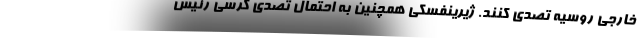
خارجی روسیه تصدی کنند. ژیرینفسکی همچنین به احتمال تصدی کرسی رئیس